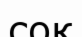
соқ